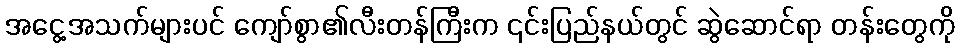
အငွေ့အသက်များပင် ကျော်စွာ၏လီးတန်ကြီးက ၎င်းပြည်နယ်တွင် ဆွဲဆောင်ရာ တန်းတွေကို